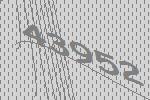
43952